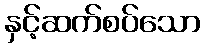
နှင့်ဆက်စပ်သော